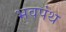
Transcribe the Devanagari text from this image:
भवपंथ